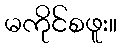
မကိုင်စဖူး။